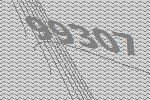
99307